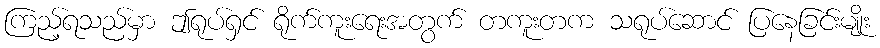
ကြည့်ရသည်မှာ ဤရုပ်ရှင် ရိုက်ကူးရေးအတွက် တကူးတက သရုပ်ဆောင် ပြနေခြင်းမျိုး